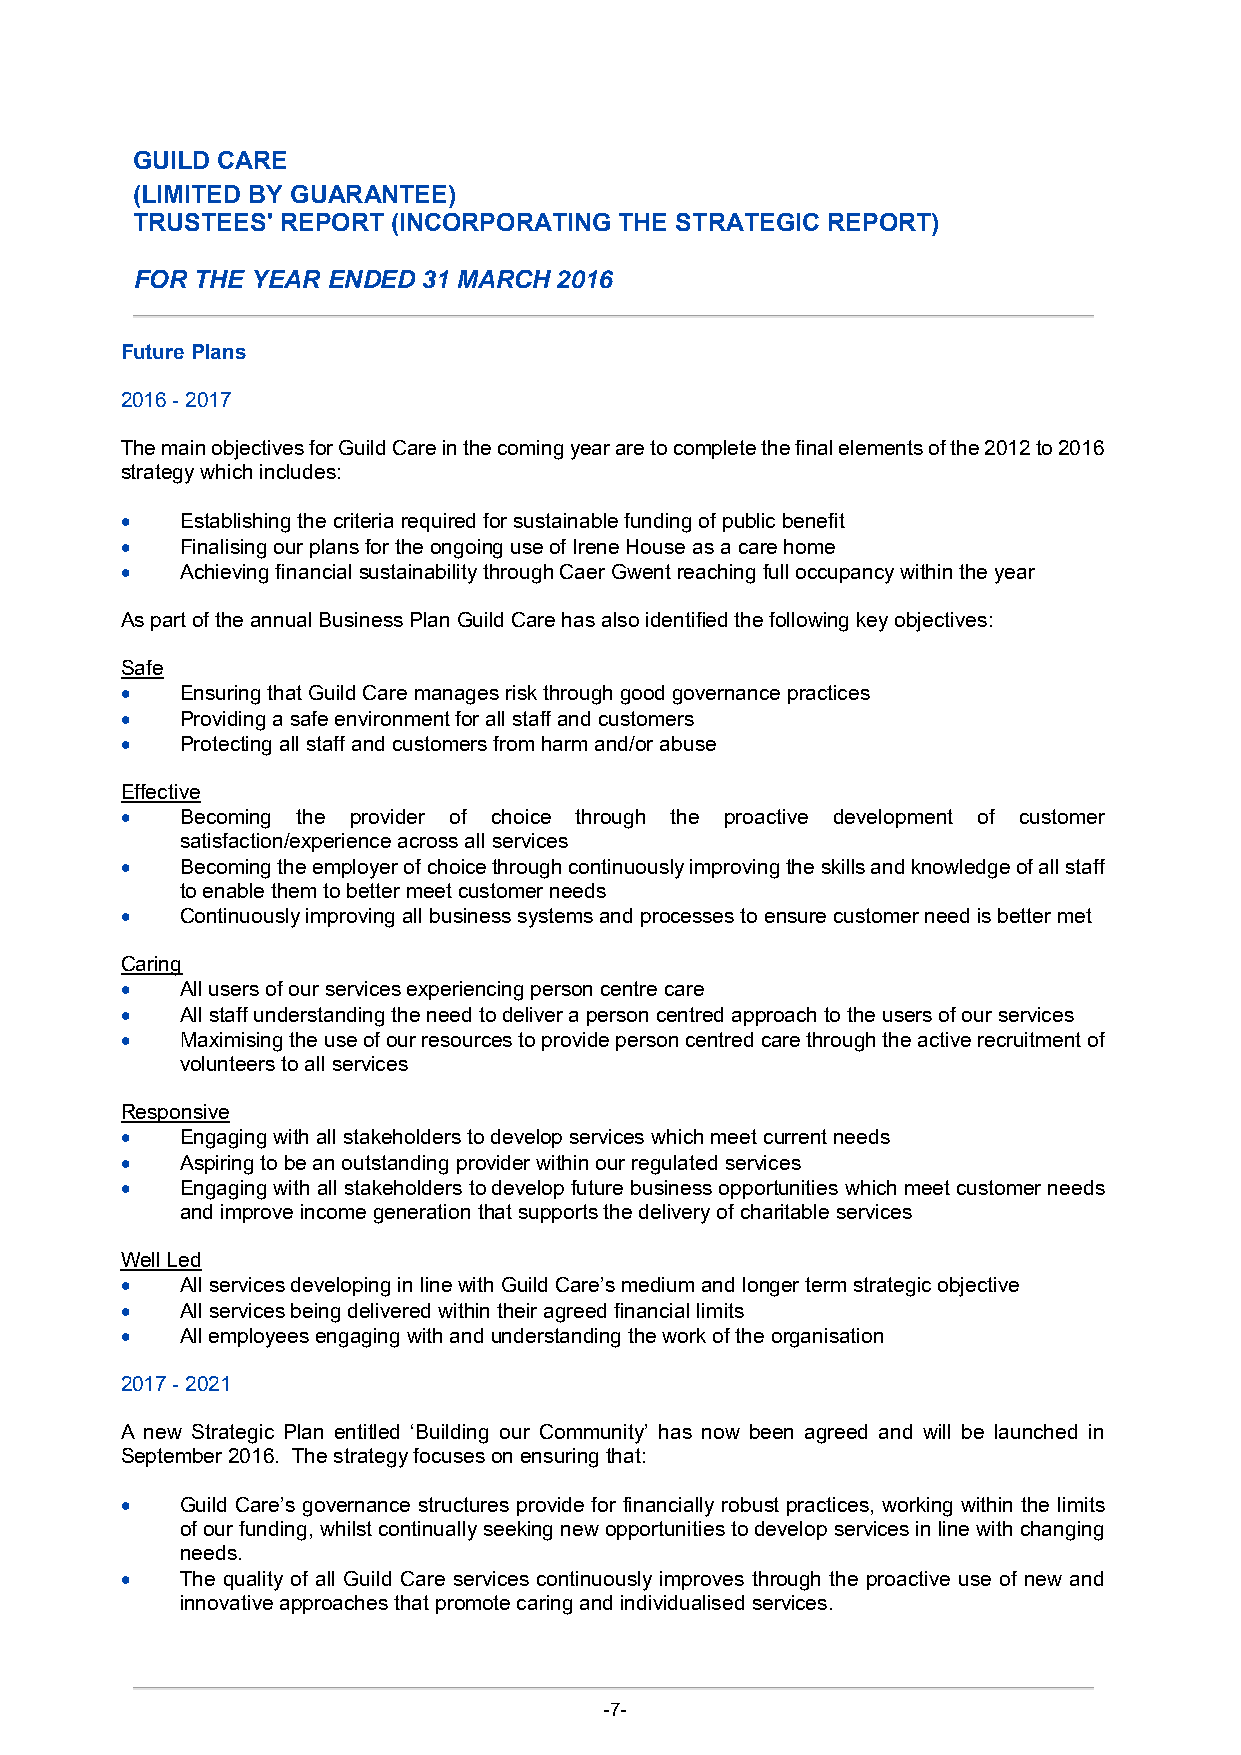
GUILD CARE
 (LIMITED BY GUARANTEE)
 TRUSTEES' REPORT (INCORPORATING THE STRATEGIC REPORT)
 FOR THE YEAR ENDED 31 MARCH 2016
 Future Plans
 2016 - 2017
 The main objectives for Guild Care in the coming year are to complete the final elements of the 2012 to 2016
 strategy which includes:
    Establishing the criteria required for sustainable funding of public benefit
    Finalising our plans for the ongoing use of Irene House as a care home
    Achieving financial sustainability through Caer Gwent reaching full occupancy within the year
 As part of the annual Business Plan Guild Care has also identified the following key objectives:
 Safe
    Ensuring that Guild Care manages risk through good governance practices
    Providing a safe environment for all staff and customers
    Protecting all staff and customers from harm and/or abuse
 Effective
    Becoming the provider of choice through the proactive development of customer
 satisfaction/experience across all services
    Becoming the employer of choice through continuously improving the skills and knowledge of all staff
 to enable them to better meet customer needs
    Continuously improving all business systems and processes to ensure customer need is better met
 Caring
    All users of our services experiencing person centre care
    All staff understanding the need to deliver a person centred approach to the users of our services
    Maximising the use of our resources to provide person centred care through the active recruitment of
 volunteers to all services
 Responsive
    Engaging with all stakeholders to develop services which meet current needs
    Aspiring to be an outstanding provider within our regulated services
    Engaging with all stakeholders to develop future business opportunities which meet customer needs
 and improve income generation that supports the delivery of charitable services
 Well Led
    All services developing in line with Guild Care’s medium and longer term strategic objective
    All services being delivered within their agreed financial limits
    All employees engaging with and understanding the work of the organisation
 2017 - 2021
 A new Strategic Plan entitled ‘Building our Community’ has now been agreed and will be launched in
 September 2016. The strategy focuses on ensuring that:
    Guild Care’s governance structures provide for financially robust practices, working within the limits
 of our funding, whilst continually seeking new opportunities to develop services in line with changing
 needs.
    The quality of all Guild Care services continuously improves through the proactive use of new and
 innovative approaches that promote caring and individualised services.
 -7-